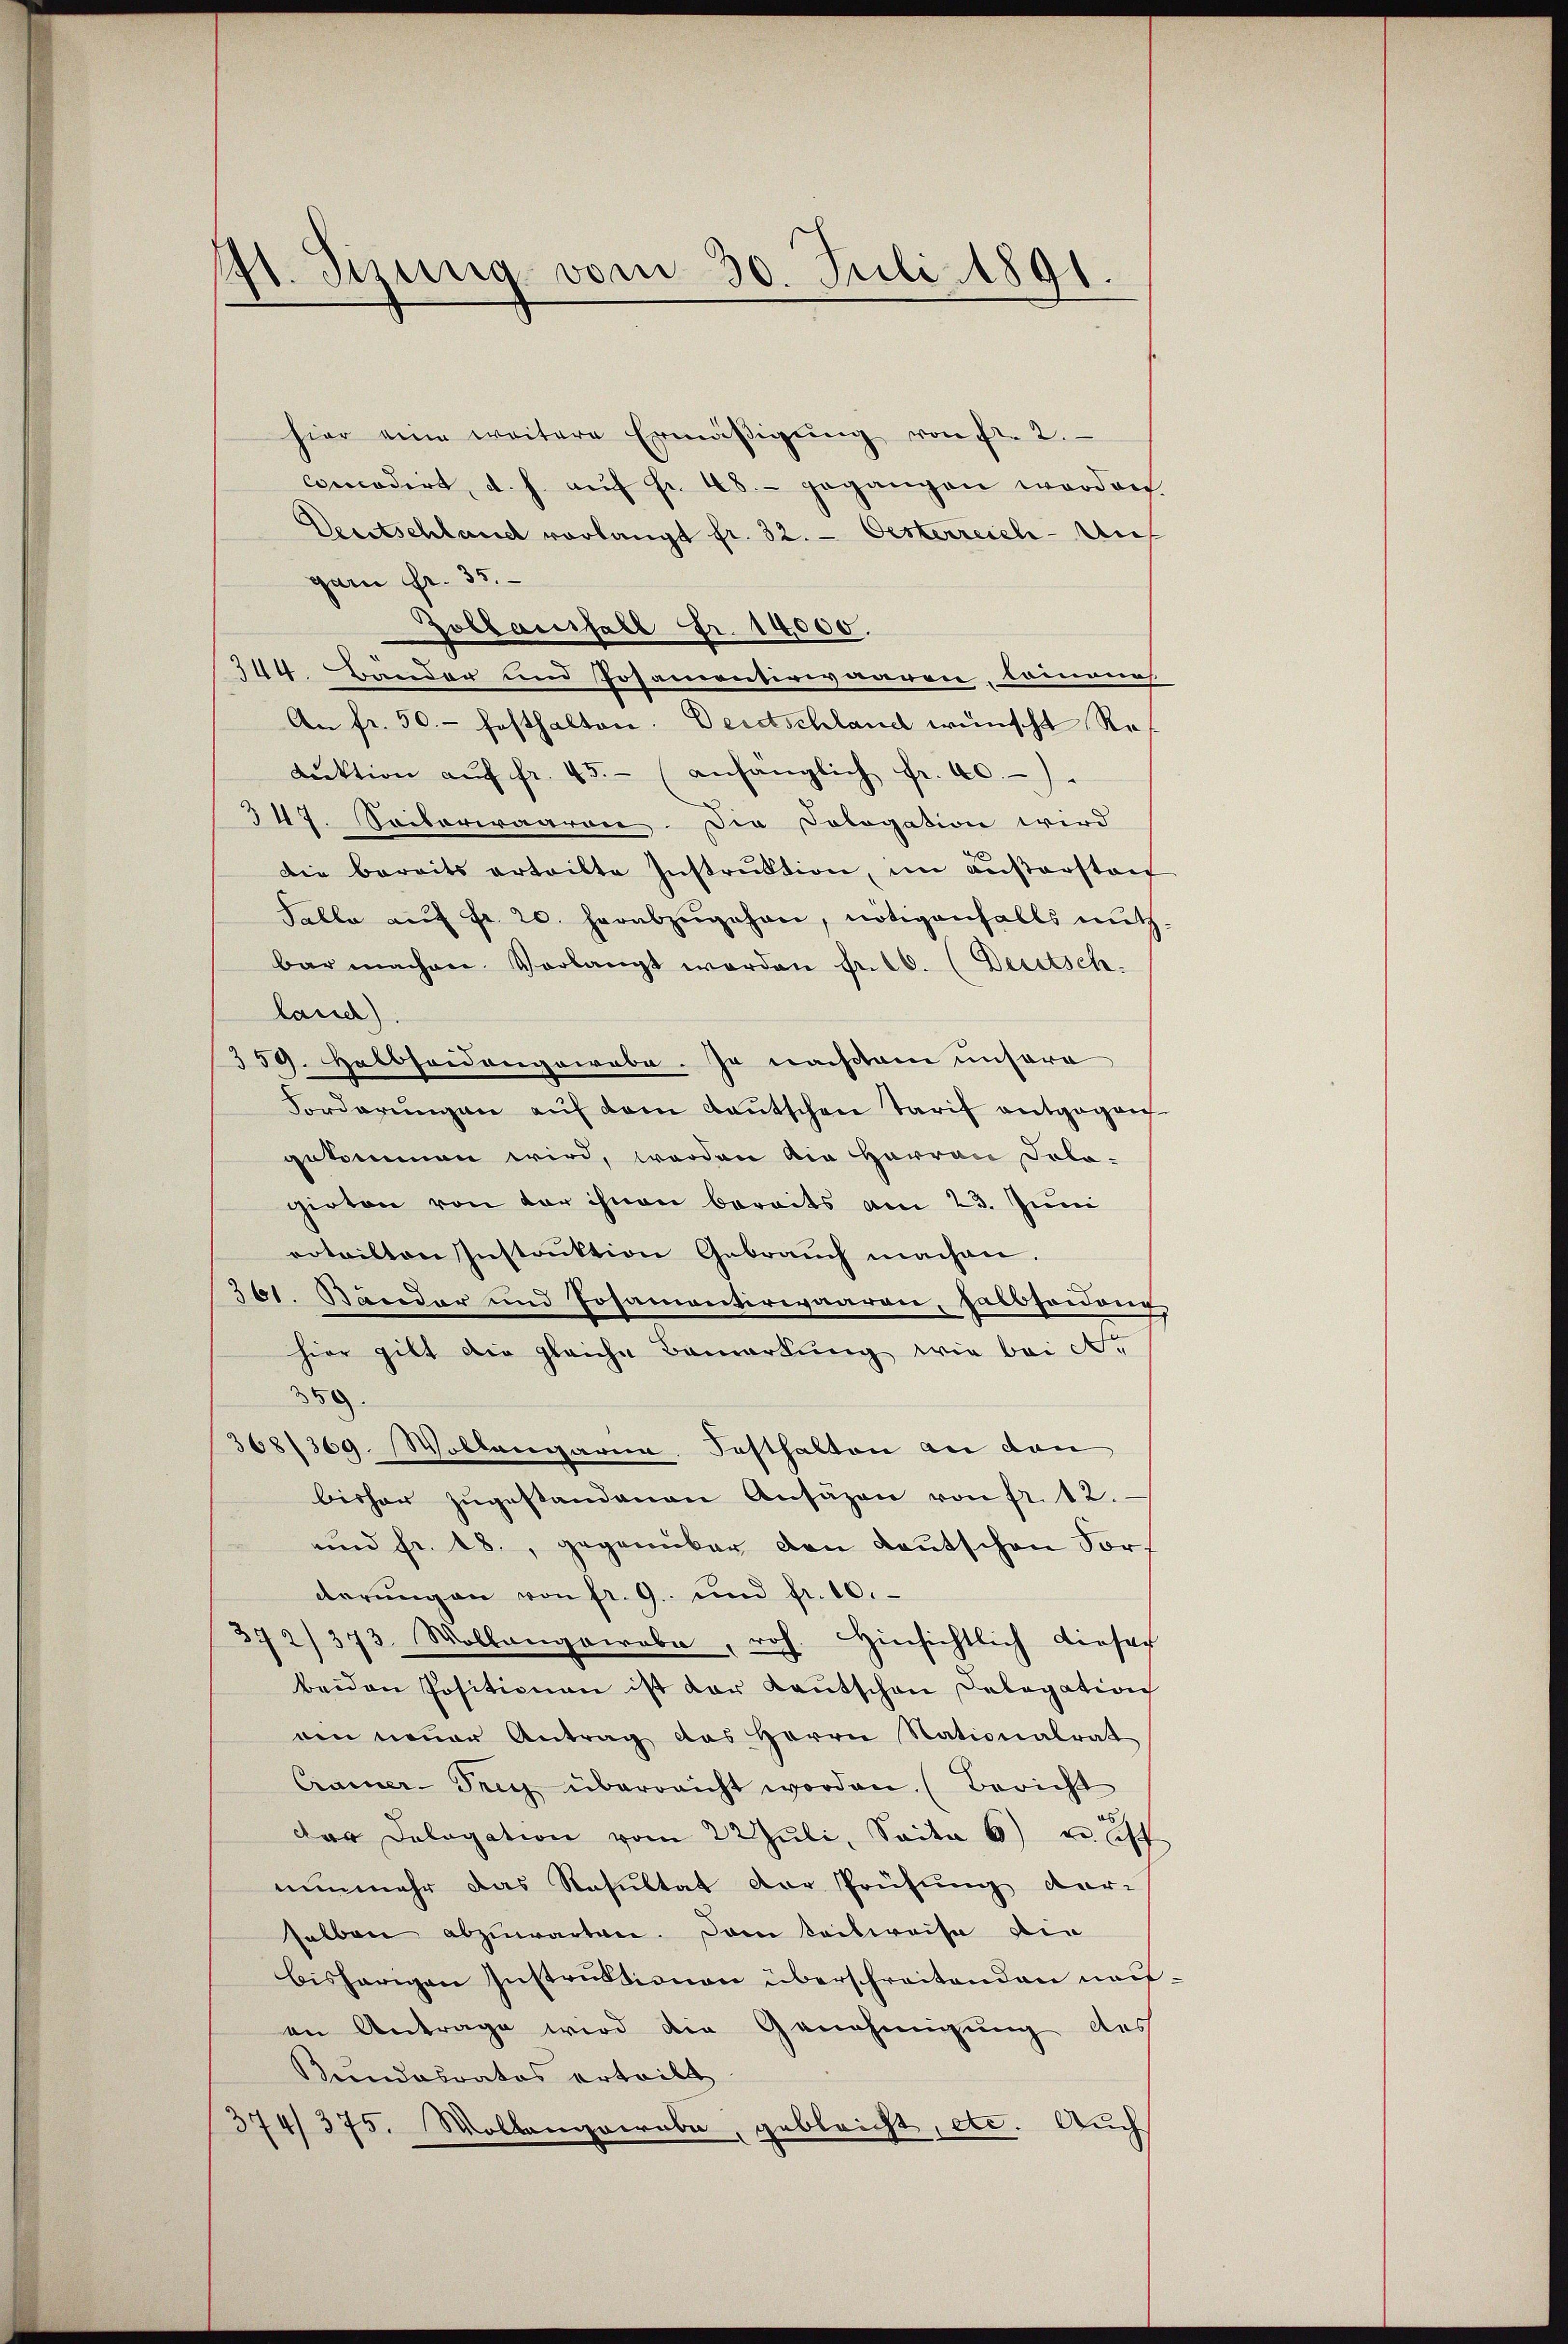
hier eine weitere Ermäβigŭng von fl. 2.
concodirt, d. h. aŭf Fr. 48.- gegangen worden.
Deutschland vorlangt fr. 32. - Oesterreich - Au
garn Fr. 35.
Zollausfall Fr. 14,000.
344. Bander und Posamontirwaaren, Commanns
An fr. 50. festhalten. Deretschland wünscht Re
Lŭktion aŭf fr. 45. (anhänglich fr. 40.)
347. Seiterwaaren. Die Cologation wird
die bereits erteilte Instrŭktion, im Außerstauf
Falle aŭf fr. 20. herabzŭgehen, nötigenfalls nŭtz
bar machen. Vorlangt worden in 10. (Deutsch.
land).
359. Halbsendangewebe. Je nachtem unsere
Forderungen auf dem Kautschen Tarif entgegen
gekommen wird, worden die Herren Solo-
girten von der ihnen bereits am 23. Juni
roteilten Instruktion Gebrauch machen.
361. Särdar und Posamentirwaaren, Halbforderer,
hier gibt die gleiche Bemerkung wie bei Ar
359.
368/369. Wollengarin Festhalten an den
bisher zŭgestandenen Ansäzen von fr. 12.
und fr. 18., gegenüber den Kautschen Fort
derŭng an von fr. 9. und fr. 10.
372/373 Mollangewebe, roh. Hinsichtlich dieser
beiden Positionen ist der Kautschen Delegation
aen neuer Antrag des Herrn Nationalrat
Cramer-Trey überreicht worden. (Bericht
der Dologation vom 22 Juli, Saite 6) u. ist
nunmehr das Resultat der Prüfung dar-
selben abzuwarten. Dann teilweise die
bisherigen Instruktionen überschreitenden neuan Antrage wird die Genehmigung des
Keindesratos ertribt.
374/375. Wollanzowabe, gebleicht, etc. Auch

ft. Sizung vom 30. Juli 1891.